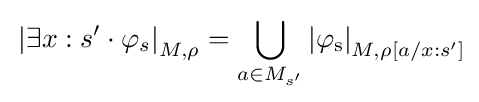
\mathrm {} \left\vert \exists x:s'\cdot \varphi _{s}\right\vert _{M,\rho }=\bigcup _{a\in M_{s'}}\mathrm {\left\vert \varphi _{s}\right\vert } _{M,\rho [a/x:s']}